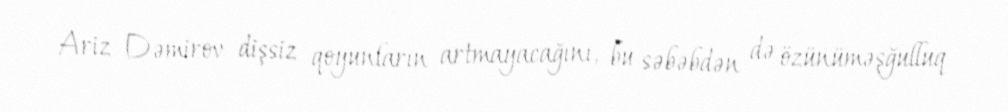
Ariz Dəmirov dişsiz qoyunların artmayacağını, bu səbəbdən də özünüməşğulluq